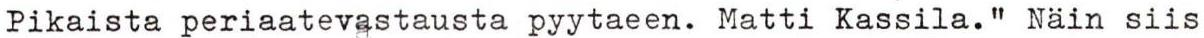
Pikaista periaatevastausta pyytaeen. Matti Kassila." Näin siis